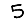
Digit: 5